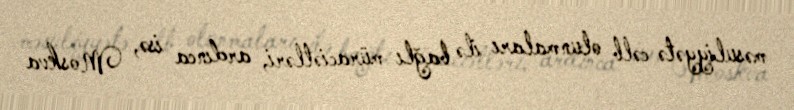
məsuliyyətə cəlb olunmaları ilə bağlı müraciətləri, ardınca isə, Moskva